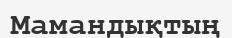
Мамандықтың